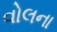
વોલના